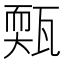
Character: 㼲